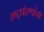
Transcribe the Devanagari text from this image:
राष्ट्रधोरणांचा